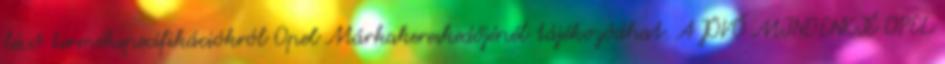
lévő termékspecifikációkról Opel Márkakereskedőjénél tájékozódhat. A JÖVŐ MINDENKIÉ OPEL